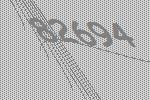
82694